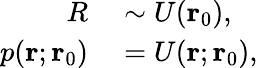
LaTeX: \begin{array}{rl}{R}&{{}\sim U(\mathbf{r}_{0}),}\\ {p(\mathbf{r};\mathbf{r}_{0})}&{{}=U(\mathbf{r};\mathbf{r}_{0}),}\end{array}